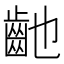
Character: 䶔